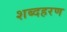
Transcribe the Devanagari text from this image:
शब्दहरण